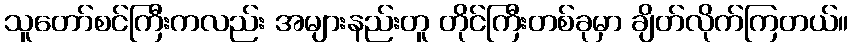
သူတော်စင်ကြီးကလည်း အများနည်းတူ တိုင်ကြီးတစ်ခုမှာ ချိတ်လိုက်ကြတယ်။